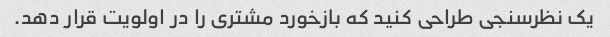
یک نظرسنجی طراحی کنید که بازخورد مشتری را در اولویت قرار دهد.